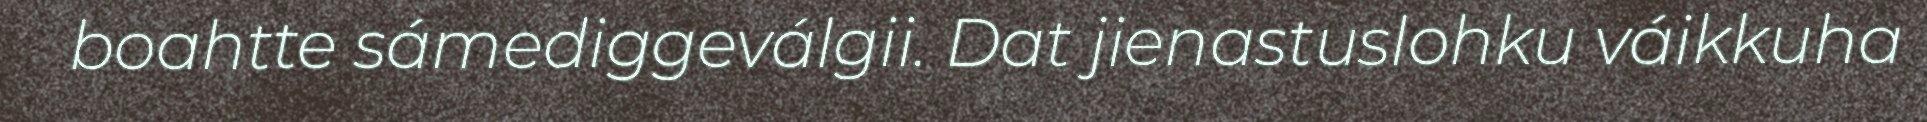
boahtte sámediggeválgii. Dat jienastuslohku váikkuha